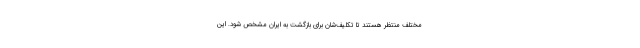
مختلف منتظر هستند تا تکلیف‌شان برای بازگشت به ایران مشخص شود. این